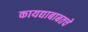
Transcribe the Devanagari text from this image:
कायद्याबाबतचे